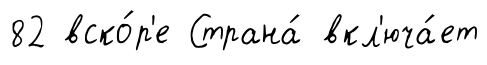
82 вско́р'е Страна́ вкл'юча́ет